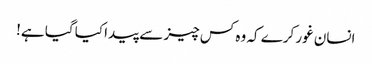
انسان غور کرے کہ وہ کس چیز سے پیدا کیا گیا ہے!